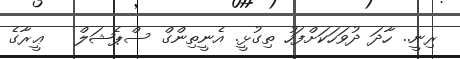
ރިނީ.. ހާދަ ދުވަހަކަށްފަހު ތިގުޅީ. އެނީތިންގް ސްޕެޝަލް   ޢީރާގެ